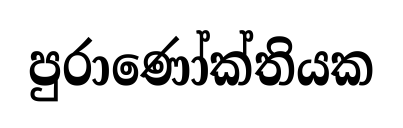
පුරාණෝක්තියක